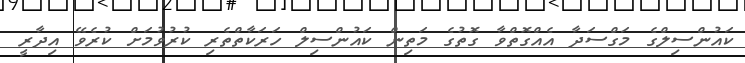
ކައުންސިލްގެ މަގްސަދާ އެއްގޮތްވާ ގޮތުގެ މަތިން ކައުންސިލް ހަރަކާތްތެރި ކުރުވުމަށް ކުރެވޭ އިދާރީ